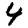
Digit: 4